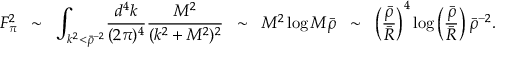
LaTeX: F _ { \pi } ^ { 2 } \; \; \sim \; \; \int _ { k ^ { 2 } < \bar { \rho } ^ { - 2 } } \! \frac { d ^ { 4 } k } { ( 2 \pi ) ^ { 4 } } \frac { M ^ { 2 } } { ( k ^ { 2 } + M ^ { 2 } ) ^ { 2 } } \; \; \sim \; \; M ^ { 2 } \log M \bar { \rho } \; \; \sim \; \; \left( \frac { \bar { \rho } } { \bar { R } } \right) ^ { 4 } \log \left( \frac { \bar { \rho } } { \bar { R } } \right) \bar { \rho } ^ { - 2 } .